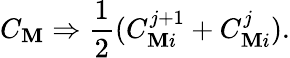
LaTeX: C_{\mathbf{M}}\Rightarrow{\frac{{1}}{{2}}}(C_{\mathbf{M}i}^{j+1}+C_{\mathbf{M}i}^{j}).